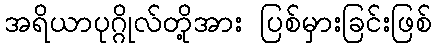
အရိယာပုဂ္ဂိုလ်တို့အား ပြစ်မှားခြင်းဖြစ်